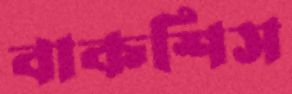
বাকশিস